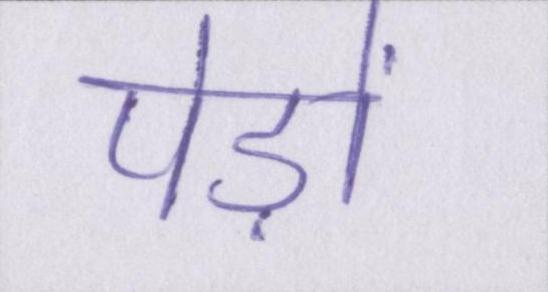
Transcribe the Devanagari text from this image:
पेड़ों